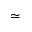
\simeq